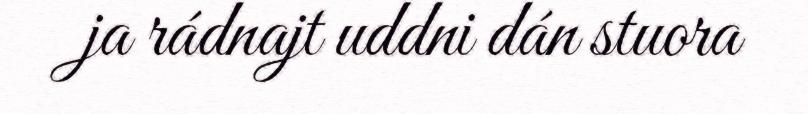
ja rádnajt uddni dán stuora